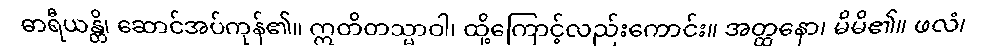
ဓာရီယန္တိ၊ ဆောင်အပ်ကုန်၏။ ဣတိတသ္မာဝါ၊ ထို့ကြောင့်လည်းကောင်း။ အတ္ထနော၊ မိမိ၏။ ဖလံ၊